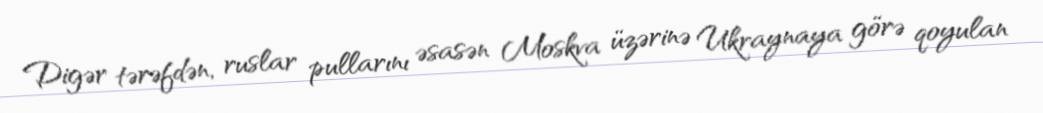
Digər tərəfdən, ruslar pullarını əsasən Moskva üzərinə Ukraynaya görə qoyulan